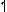
1